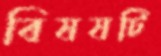
বিষষটি